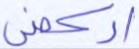
اركض